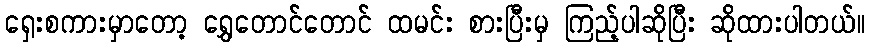
ရှေးစကားမှာတော့ ရွှေတောင်တောင် ထမင်း စားပြီးမှ ကြည့်ပါဆိုပြီး ဆိုထားပါတယ်။